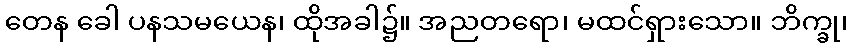
တေန ခေါ ပနသမယေန၊ ထိုအခါ၌။ အညတရော၊ မထင်ရှားသော။ ဘိက္ခု၊